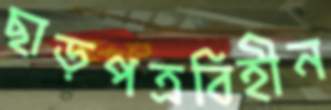
ছাড়পত্রবিহীন